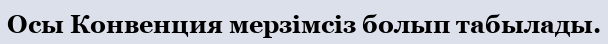
Осы Конвенция мерзімсіз болып табылады.